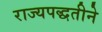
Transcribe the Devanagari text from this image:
राज्यपद्धतीने